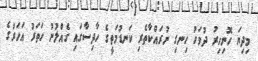
މިދިޔަ ހޮނިހިރު ދުވަހު ހިނގި ނުރައްކާތެރި ކަނޑުމަތީގެ ހާދިސާގައި ގެއްލުނު ހަތަރު އަހަރުގެ